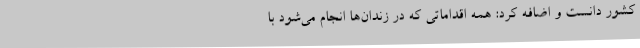
کشور دانست و اضافه کرد: همه اقداماتی که در زندان‌ها انجام می‌شود با